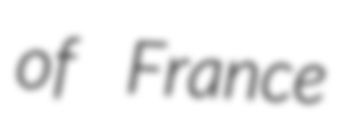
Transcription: of France